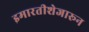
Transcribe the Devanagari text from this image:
इमारतीशेजारून